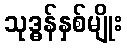
သုဒ္ဓန်နှစ်မျိုး